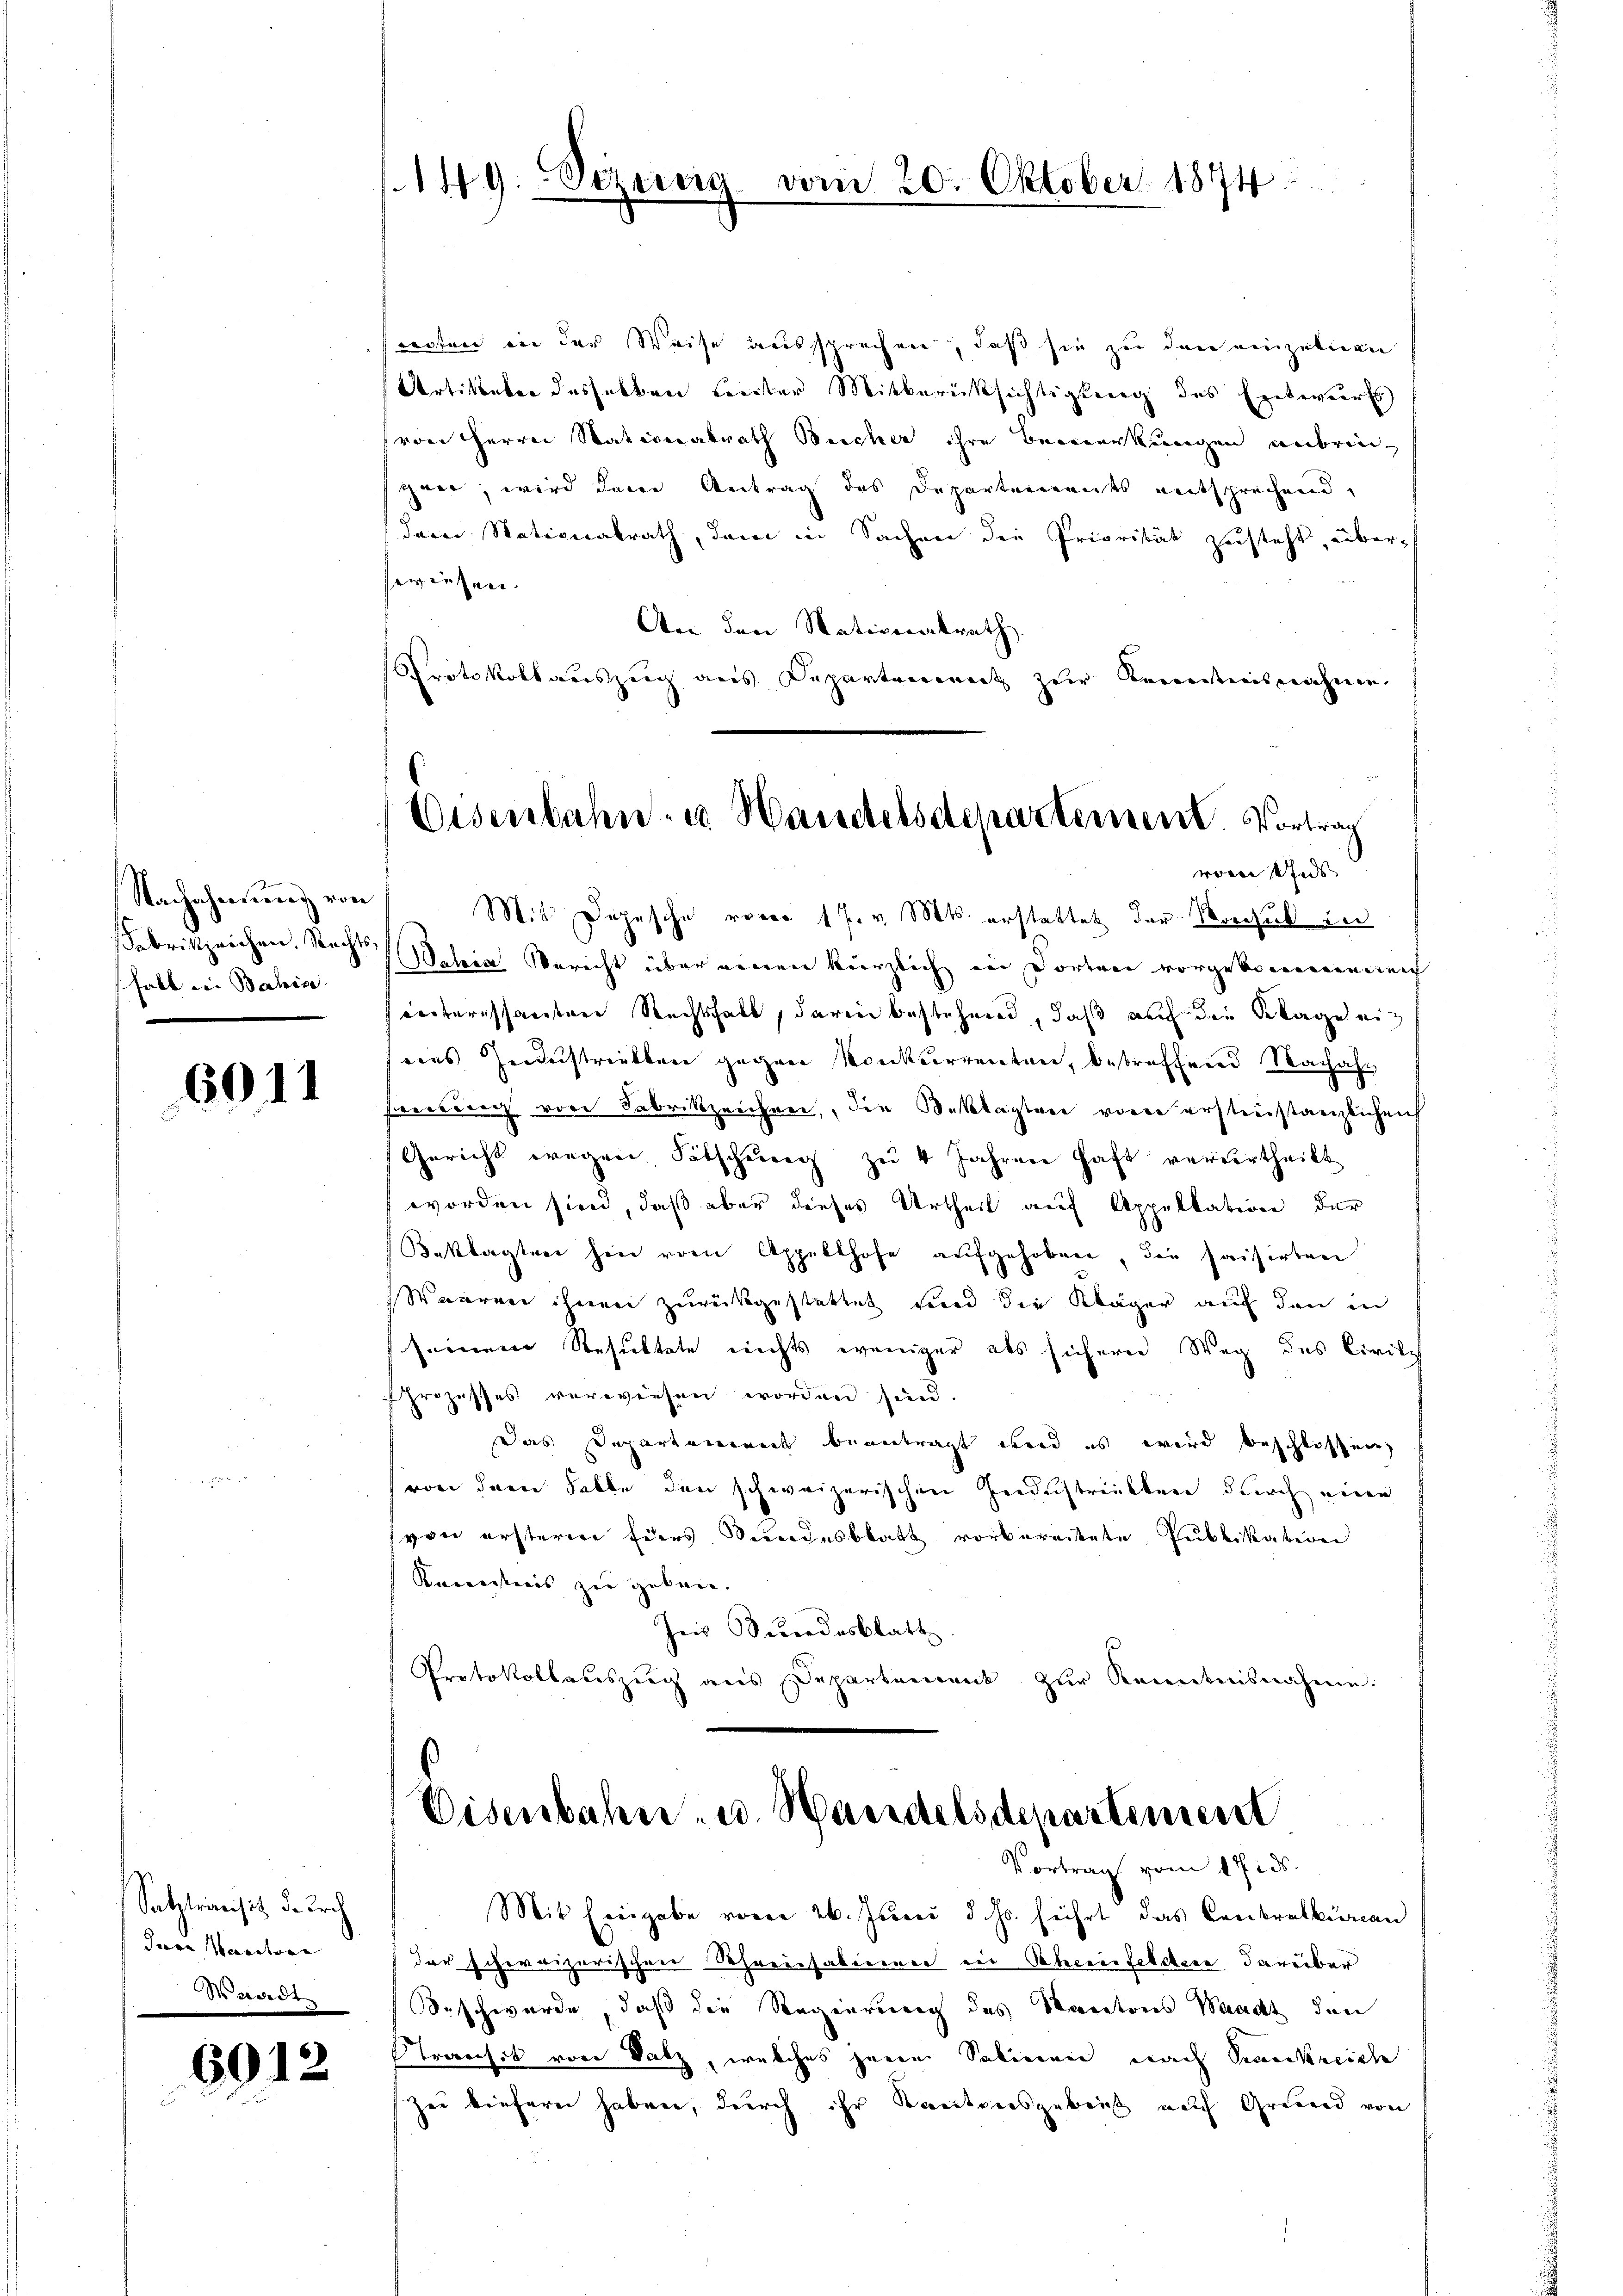
Nachahmung von
Fabrikzeichen, Rechts,
halt in Bahiae

6911

Satztransitz durch
Jure Maracture
Waadt

6012

149. Deze

woten in der Weise aussprechen, daß sie zu den einzelnen
Artikaber desselben Leister Mitberücksichtigkeit des Entwurf
von Herrn Stationalrath Beicher ihre Bemerkungen anbringuer, wird der Antrag des Departements entsprechend,
dern Nationalrath, dem in Sachen die Priorität zusteht, überewiesen.
An den Nationalrath
Protokollarszeig aus Departement zur Kenntnisnahme
Mit Depesche roces 17. v. Mts. erstattet der Marchuk in
Welia Bericht über einen kürzlich in dorten vorgeborenenden
weiteressanten Rechtshalt, darin bestehend, daß auf die Klage ein
seins Heiderstriellen gegen Konkurrenten, betreffend Nachah
Freiburg von Fabrikzeichen, die Beklagten von erstenstanzlichen
Gericht wegen Sätschung zu 4 Jahren haft verurtheilt
worden sind, daß aber dieses Urtheil auf Appellation der
Beklagten hin vom Appellhofe aufgehoben, die haiserten
Waaren ihnen zurückgestattet sind die Kläger auf den in
seinem Resultete nichts weniger als sichern Weg des Civilis
Prozesses verwiesen worden sind.
Das Departement beantragt wird es wird beschlossen,
von dem Falle den schweizerischen Ferdichtrickten durch einen
von ersteren Eiers Bundesblatt vorbereitete Publikation
Kenigens zu geben.
Jois Bundesblatt
Protokollauszug aus Departement zur Kenntnisnahmen:

vom 20. Oktober 1874

Eisenbahn- u. Handelsdepartement. Vortrag
vom Uns

Eisenbahn- u. Handelsdepartement
Vortrag vom 17. ds.

Mit Ereigabe vorer 26. Juni d. Js. führt das Creikralbureau
der schweizerischen Schreinsabieren ein Beherenfeldern darüber
Seschwerde, daß die Regierung des Kantons Waadt, den
Transit von Salz, welches jenen Salinen nach Senkreiche
zu tiefern haben, durch ihr Kantonsgebiet nach Grund von